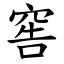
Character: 窖